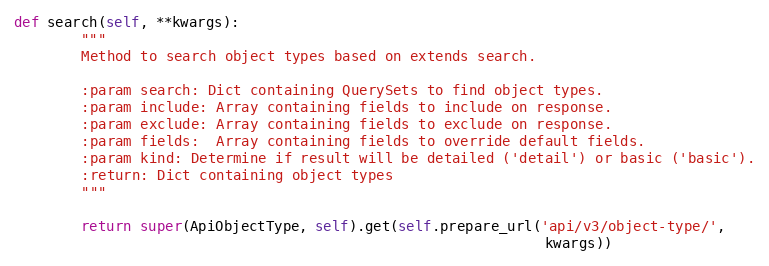
Language: Python
def search(self, **kwargs):
        """
        Method to search object types based on extends search.

        :param search: Dict containing QuerySets to find object types.
        :param include: Array containing fields to include on response.
        :param exclude: Array containing fields to exclude on response.
        :param fields:  Array containing fields to override default fields.
        :param kind: Determine if result will be detailed ('detail') or basic ('basic').
        :return: Dict containing object types
        """

        return super(ApiObjectType, self).get(self.prepare_url('api/v3/object-type/',
                                                               kwargs))